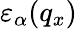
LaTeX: {{\varepsilon}_{\alpha}}({{q}_{x}})